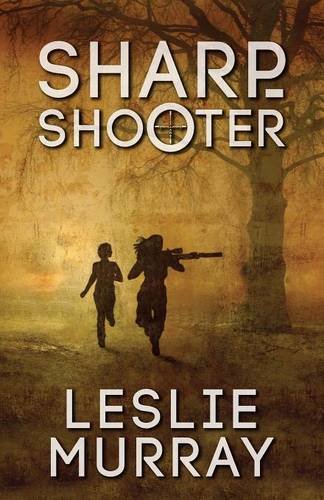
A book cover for Sharpshooter; Leslie Murray; Romance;